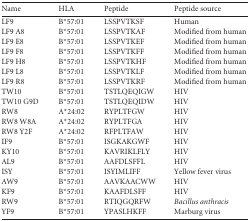
<table><thead><tr><td><b>Name</b></td><td><b>HLA</b></td><td><b>Peptide</b></td><td><b>Peptide source</b></td></tr></thead><tbody><tr><td>LF9</td><td>B*57:01</td><td>LSSPVTKSF</td><td>Human</td></tr><tr><td>LF9 A8</td><td>B*57:01</td><td>LSSPVTKAF</td><td>Modified from human</td></tr><tr><td>LF9 E8</td><td>B*57:01</td><td>LSSPVTKEF</td><td>Modified from human</td></tr><tr><td>LF9 F8</td><td>B*57:01</td><td>LSSPVTKFF</td><td>Modified from human</td></tr><tr><td>LF9 H8</td><td>B*57:01</td><td>LSSPVTKHF</td><td>Modified from human</td></tr><tr><td>LF9 L8</td><td>B*57:01</td><td>LSSPVTKLF</td><td>Modified from human</td></tr><tr><td>LF9 R8</td><td>B*57:01</td><td>LSSPVTKRF</td><td>Modified from human</td></tr><tr><td>TW10</td><td>B*57:01</td><td>TSTLQEQIGW</td><td>HIV</td></tr><tr><td>TW10 G9D</td><td>B*57:01</td><td>TSTLQEQIDW</td><td>HIV</td></tr><tr><td>RW8</td><td>A*24:02</td><td>RYPLTFGW</td><td>HIV</td></tr><tr><td>RW8 W8A</td><td>A*24:02</td><td>RYPLTFGA</td><td>HIV</td></tr><tr><td>RW8 Y2F</td><td>A*24:02</td><td>RFPLTFAW</td><td>HIV</td></tr><tr><td>IF9</td><td>B*57:01</td><td>ISGKAKGWF</td><td>HIV</td></tr><tr><td>KY10</td><td>B*57:01</td><td>KAVRIKLFLY</td><td>HIV</td></tr><tr><td>AL9</td><td>B*57:01</td><td>AAFDLSFFL</td><td>HIV</td></tr><tr><td>ISY</td><td>B*57:01</td><td>ISYIMLIFF</td><td>Yellow fever virus</td></tr><tr><td>AW9</td><td>B*57:01</td><td>AAVKAACWW</td><td>HIV</td></tr><tr><td>KF9</td><td>B*57:01</td><td>KAAFDLSFF</td><td>HIV</td></tr><tr><td>RW9</td><td>B*57:01</td><td>RTIQGQRFW</td><td>Bacillus anthracis</td></tr><tr><td>YF9</td><td>B*57:01</td><td>YPASLHKFF</td><td>Marburg virus</td></tr></tbody></table>